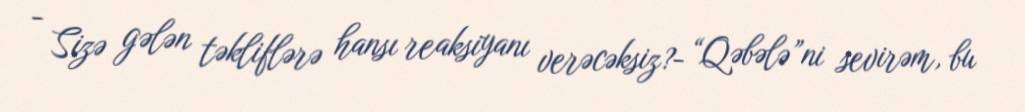
- Sizə gələn təkliflərə hansı reaksiyanı verəcəksiz?- “Qəbələ”ni sevirəm, bu